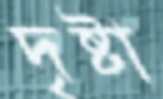
দৃষ্টা